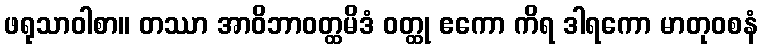
ဖရုသာဝါစာ။ တဿာ အာဝိဘာဝတ္ထမိဒံ ဝတ္ထု ဧကော ကိရ ဒါရကော မာတုဝစနံ